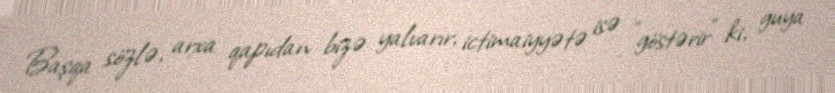
Başqa sözlə, arxa qapıdan bizə yalvarır, ictimaiyyətə isə ”göstərir" ki, guya